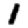
Digit: 1